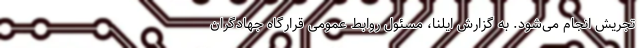
تجریش انجام می‌شود. به گزارش ایلنا، مسئول روابط عمومی قرارگاه جهادگران